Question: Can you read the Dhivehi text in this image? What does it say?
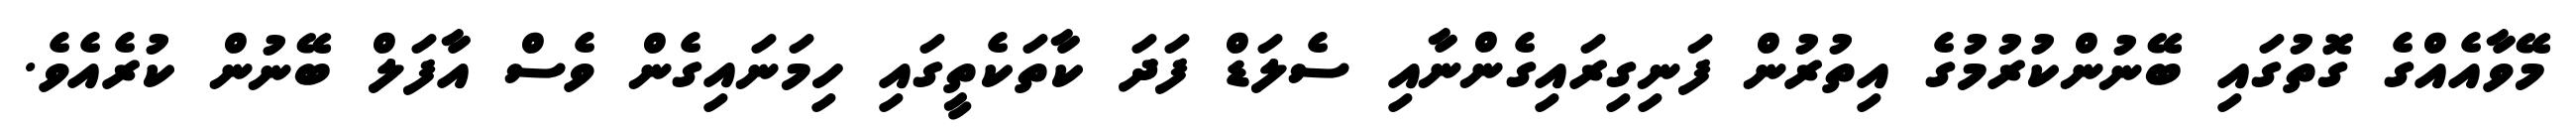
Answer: މޭވާއެއްގެ ގޮތުގައި ބޭނުންކުރުމުގެ އިތުރުން ފަނިގިރައިގެންނާއި ސެލަޑް ފަދަ ކާތަކެތީގައި ހިމަނައިގެން ވެސް އާފަލް ބޭނުން ކުރެއެވެ.